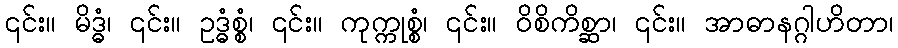
၎င်း။ မိဒ္ဓံ၊ ၎င်း။ ဥဒ္ဓံစ္စံ၊ ၎င်း။ ကုက္ကုစ္စံ၊ ၎င်း။ ဝိစိကိစ္ဆာ၊ ၎င်း။ အာဓာနဂ္ဂါဟိတာ၊